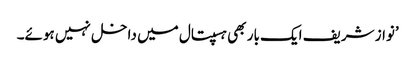
’نواز شریف ایک بار بھی ہسپتال میں داخل نہیں ہوئے۔